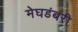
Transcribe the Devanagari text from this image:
मेघडंबरी